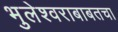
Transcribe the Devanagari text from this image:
भुलेश्वराबाबतचा